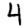
Digit: 4